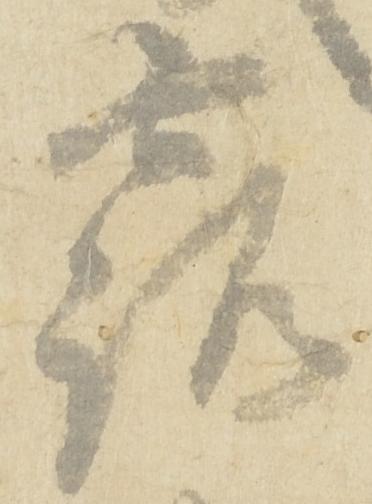
露